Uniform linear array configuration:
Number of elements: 16
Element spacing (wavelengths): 0.5
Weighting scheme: uniform
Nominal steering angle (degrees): -45
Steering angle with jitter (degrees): -45.026
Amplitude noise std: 0.05
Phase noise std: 0.05

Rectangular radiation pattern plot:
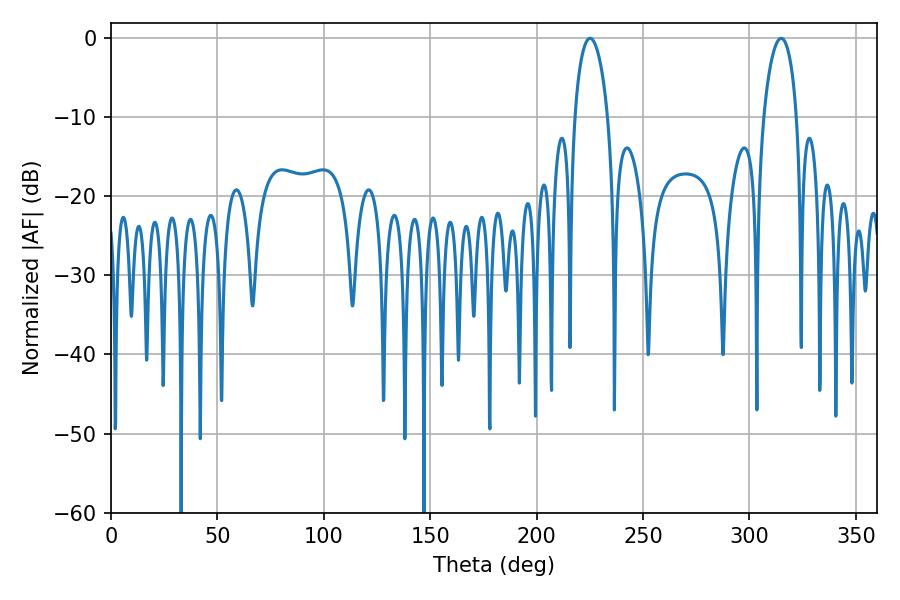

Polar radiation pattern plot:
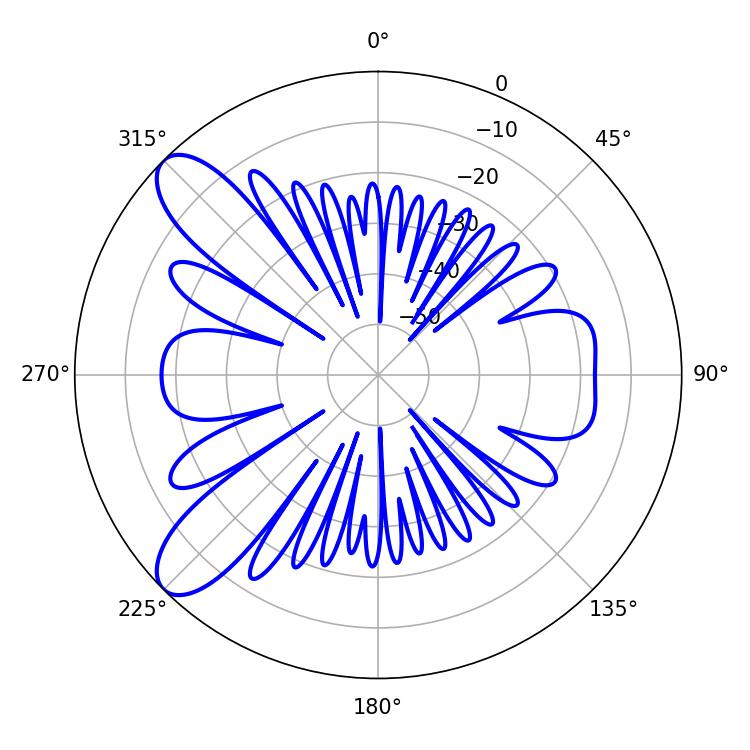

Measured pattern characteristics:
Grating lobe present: FALSE
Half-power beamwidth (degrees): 8.82
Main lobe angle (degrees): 225.18